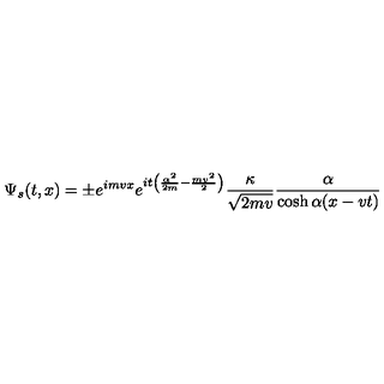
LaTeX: \Psi _ { s } ( t , x ) = \pm e ^ { i m v x } e ^ { i t \left( \frac { \alpha ^ { 2 } } { 2 m } - \frac { m v ^ { 2 } } { 2 } \right) } \frac { \kappa } { \sqrt { 2 m v } } \frac { \alpha } { \cosh \alpha ( x - v t ) }